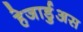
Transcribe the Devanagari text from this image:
हेजार्डुअस